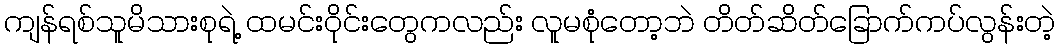
ကျန်ရစ်သူမိသားစုရဲ့ ထမင်းဝိုင်းတွေကလည်း လူမစုံတော့ဘဲ တိတ်ဆိတ်ခြောက်ကပ်လွန်းတဲ့